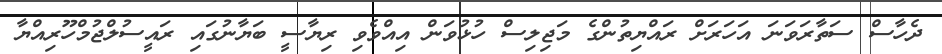
ދެހާސް ސަތާރަވަނަ އަހަރަށް ރައްޔިތުންގެ މަޖިލިސް ހުޅުވަން އިއްވެވި ރިޔާސީ ބަޔާނުގައި ރައީސުލްޖުމްހޫރިއްޔާ